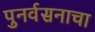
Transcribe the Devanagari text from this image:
पुनर्वसनाचा